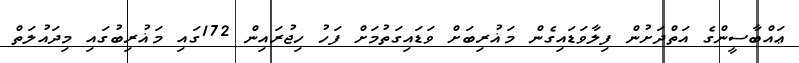
ޢައްބާސީންގެ އަތްދަށުން ފިލާވަޑައިގެން މަޣުރިބަށް ވަޑައިގަތުމަށް ފަހު ހިޖުރައިން 172ގައި މަޣުރިބުގައި މިދައުލަތް